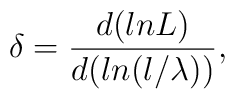
\delta = \frac{d (ln L)}{d (ln(l/\lambda ))},